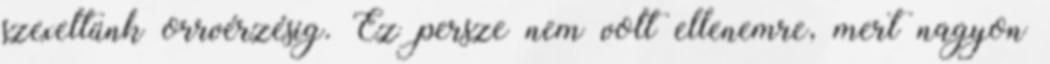
szexeltünk orrvérzésig. Ez persze nem volt ellenemre, mert nagyon